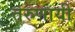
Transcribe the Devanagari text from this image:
तरुणायी